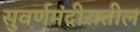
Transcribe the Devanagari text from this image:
सुवर्णमंदीरातील